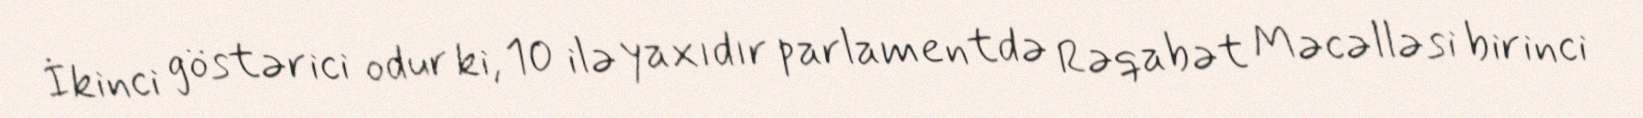
İkinci göstərici odur ki, 10 ilə yaxıdır parlamentdə Rəqabət Məcəlləsi birinci